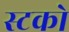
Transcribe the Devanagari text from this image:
स्टको